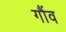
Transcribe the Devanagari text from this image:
गौंव